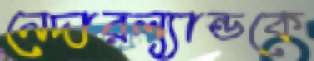
নেদারল্যান্ডকে